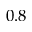
0 . 8